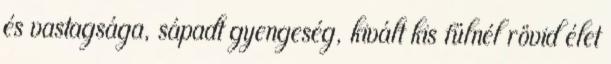
és vastagsága, sápadt gyengeség, kivált kis fülnél rövid élet